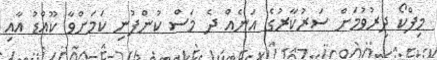
މިފްކޯ ދިރުވުމަށް ސަރުކާރުގެ އަނެއް ދެ މަސް ކުންފުނި ކަމަށްވާ ކޫއްޑު އާއި